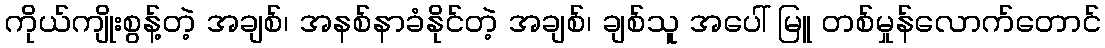
ကိုယ်ကျိုးစွန့်တဲ့ အချစ်၊ အနစ်နာခံနိုင်တဲ့ အချစ်၊ ချစ်သူ အပေါ် မြူ တစ်မှုန်လောက်တောင်